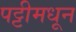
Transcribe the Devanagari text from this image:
पट्टीमधून